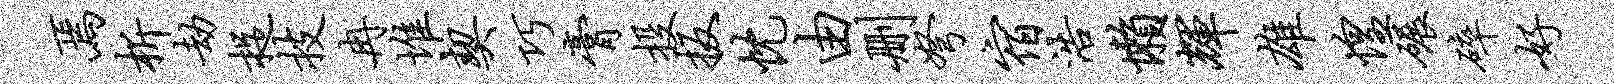
焉析劫捉技冉堆契巧膏投扳忱由删弩宿浩懒辉雄惶碾碎好